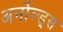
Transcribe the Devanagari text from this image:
अर्नोल्ड्स